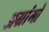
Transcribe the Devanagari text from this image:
अग्रांगो